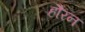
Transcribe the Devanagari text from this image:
हौरन